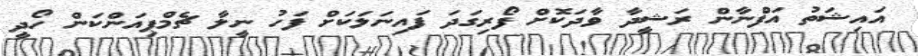
އައިޝަތު އަފްނާން ރަޝީދާ ވާދަކޮށް ފޯރިގަދަ ފައިނަލަކަށް ފަހު ނީލާ ޗެމްޕިއަންކަން ހޯދީ